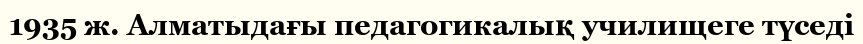
1935 ж. Алматыдағы педагогикалық училищеге түседі